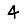
Digit: 4